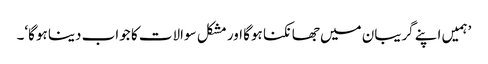
’ہمیں اپنے گریبان میں جھانکنا ہوگا اور مشکل سوالات کا جواب دینا ہوگا‘۔